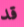
قد